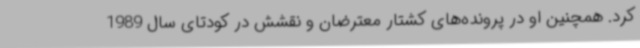
کرد. همچنین او در پرونده‌های کشتار معترضان و نقشش در کودتای سال 1989